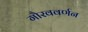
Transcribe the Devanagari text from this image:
गौरववर्णन